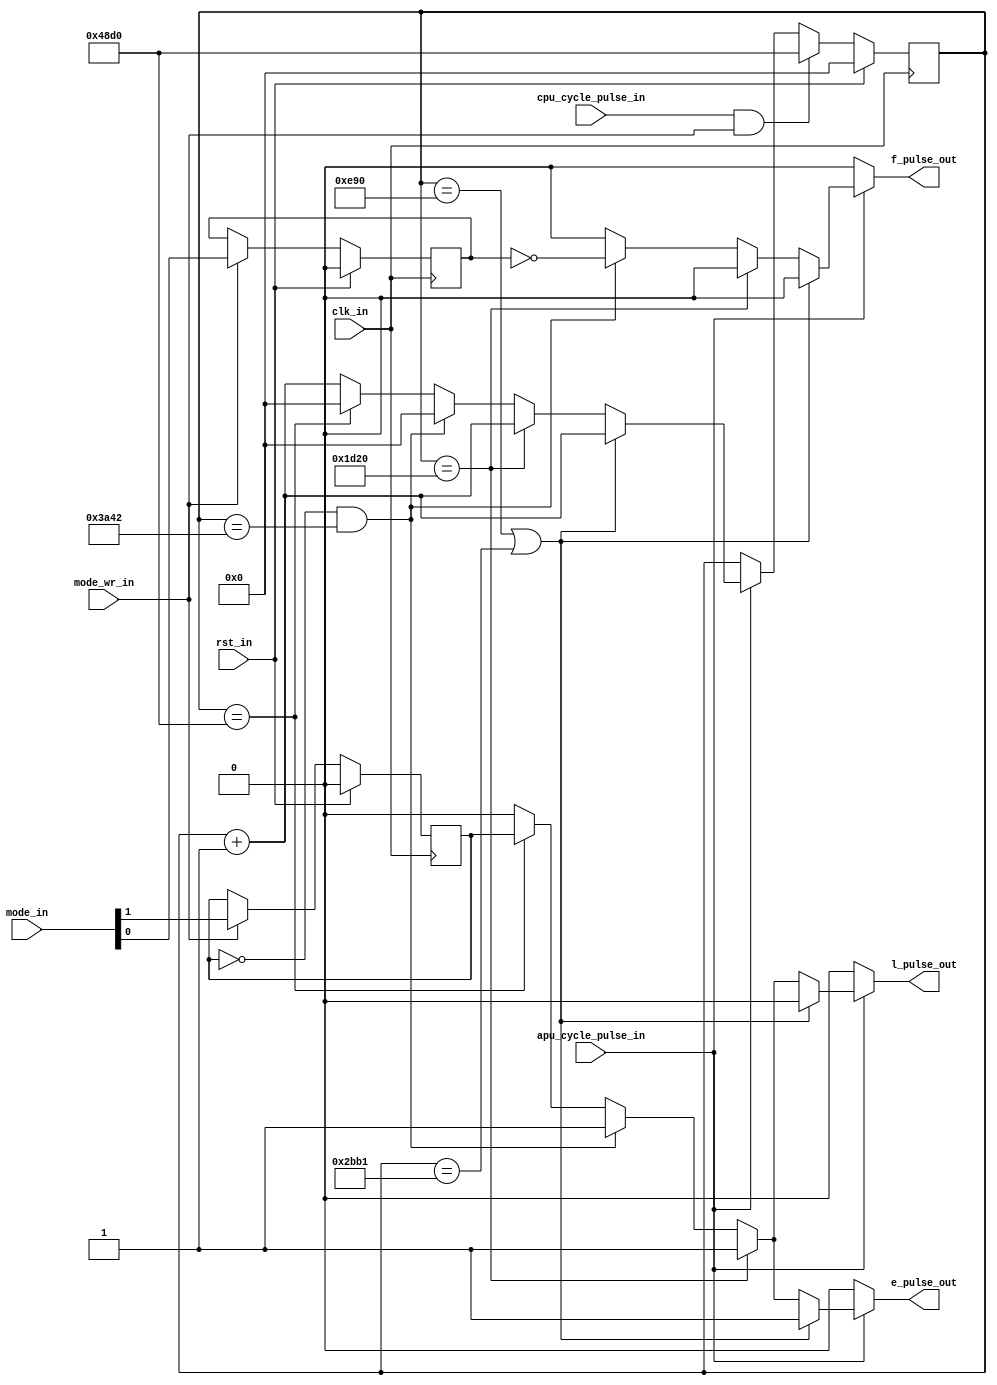
module apu_frame_counter
(
  input             clk_in,              // system clock signal
  input             rst_in,              // reset signal
  input             cpu_cycle_pulse_in,  // 1 clk pulse on every cpu cycle
  input             apu_cycle_pulse_in,  // 1 clk pulse on every apu cycle
  input       [1:0] mode_in,             // mode ([0] = IRQ inhibit, [1] = sequence mode)
  input             mode_wr_in,          // update mode
  output reg        e_pulse_out,         // envelope and linear counter pulse (~240 Hz)
  output reg        l_pulse_out,         // length counter and sweep pulse (~120 Hz)
  output reg        f_pulse_out          // frame pulse (~60Hz, should drive IRQ)
);

reg [14:0] q_apu_cycle_cnt, d_apu_cycle_cnt;
reg        q_seq_mode,      d_seq_mode;
reg        q_irq_inhibit,   d_irq_inhibit;

always @(posedge clk_in)
  begin
    if (rst_in)
      begin
        q_apu_cycle_cnt <= 15'h0000;
        q_seq_mode      <= 1'b0;
        q_irq_inhibit   <= 1'b0;
      end
    else
      begin
        q_apu_cycle_cnt <= d_apu_cycle_cnt;
        q_seq_mode      <= d_seq_mode;
        q_irq_inhibit   <= d_irq_inhibit;
      end
  end

always @*
  begin
    d_apu_cycle_cnt = q_apu_cycle_cnt;
    d_seq_mode      = (mode_wr_in) ? mode_in[1] : q_seq_mode;
    d_irq_inhibit   = (mode_wr_in) ? mode_in[0] : q_irq_inhibit;

    e_pulse_out = 1'b0;
    l_pulse_out = 1'b0;
    f_pulse_out = 1'b0;

    if (apu_cycle_pulse_in)
      begin
        d_apu_cycle_cnt = q_apu_cycle_cnt + 15'h0001;

        if ((q_apu_cycle_cnt == 15'h0E90) || (q_apu_cycle_cnt == 15'h2BB1))
          begin
            e_pulse_out = 1'b1;
          end
        else if (q_apu_cycle_cnt == 15'h1D20)
          begin
            e_pulse_out = 1'b1;
            l_pulse_out = 1'b1;
          end
        else if (!q_seq_mode && (q_apu_cycle_cnt == 15'h3A42))
          begin
            e_pulse_out = 1'b1;
            l_pulse_out = 1'b1;
            f_pulse_out = ~q_irq_inhibit;

            d_apu_cycle_cnt = 15'h0000;
          end
        else if ((q_apu_cycle_cnt == 15'h48d0))
          begin
            e_pulse_out = q_seq_mode;
            l_pulse_out = q_seq_mode;

            d_apu_cycle_cnt = 15'h0000;
          end
      end

      if (cpu_cycle_pulse_in && mode_wr_in)
        d_apu_cycle_cnt = 15'h48d0;
  end

endmodule